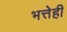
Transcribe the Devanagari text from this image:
भत्तेही